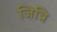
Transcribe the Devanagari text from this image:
जित्रि